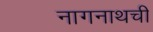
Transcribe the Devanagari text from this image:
नागनाथची